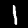
Digit: 1